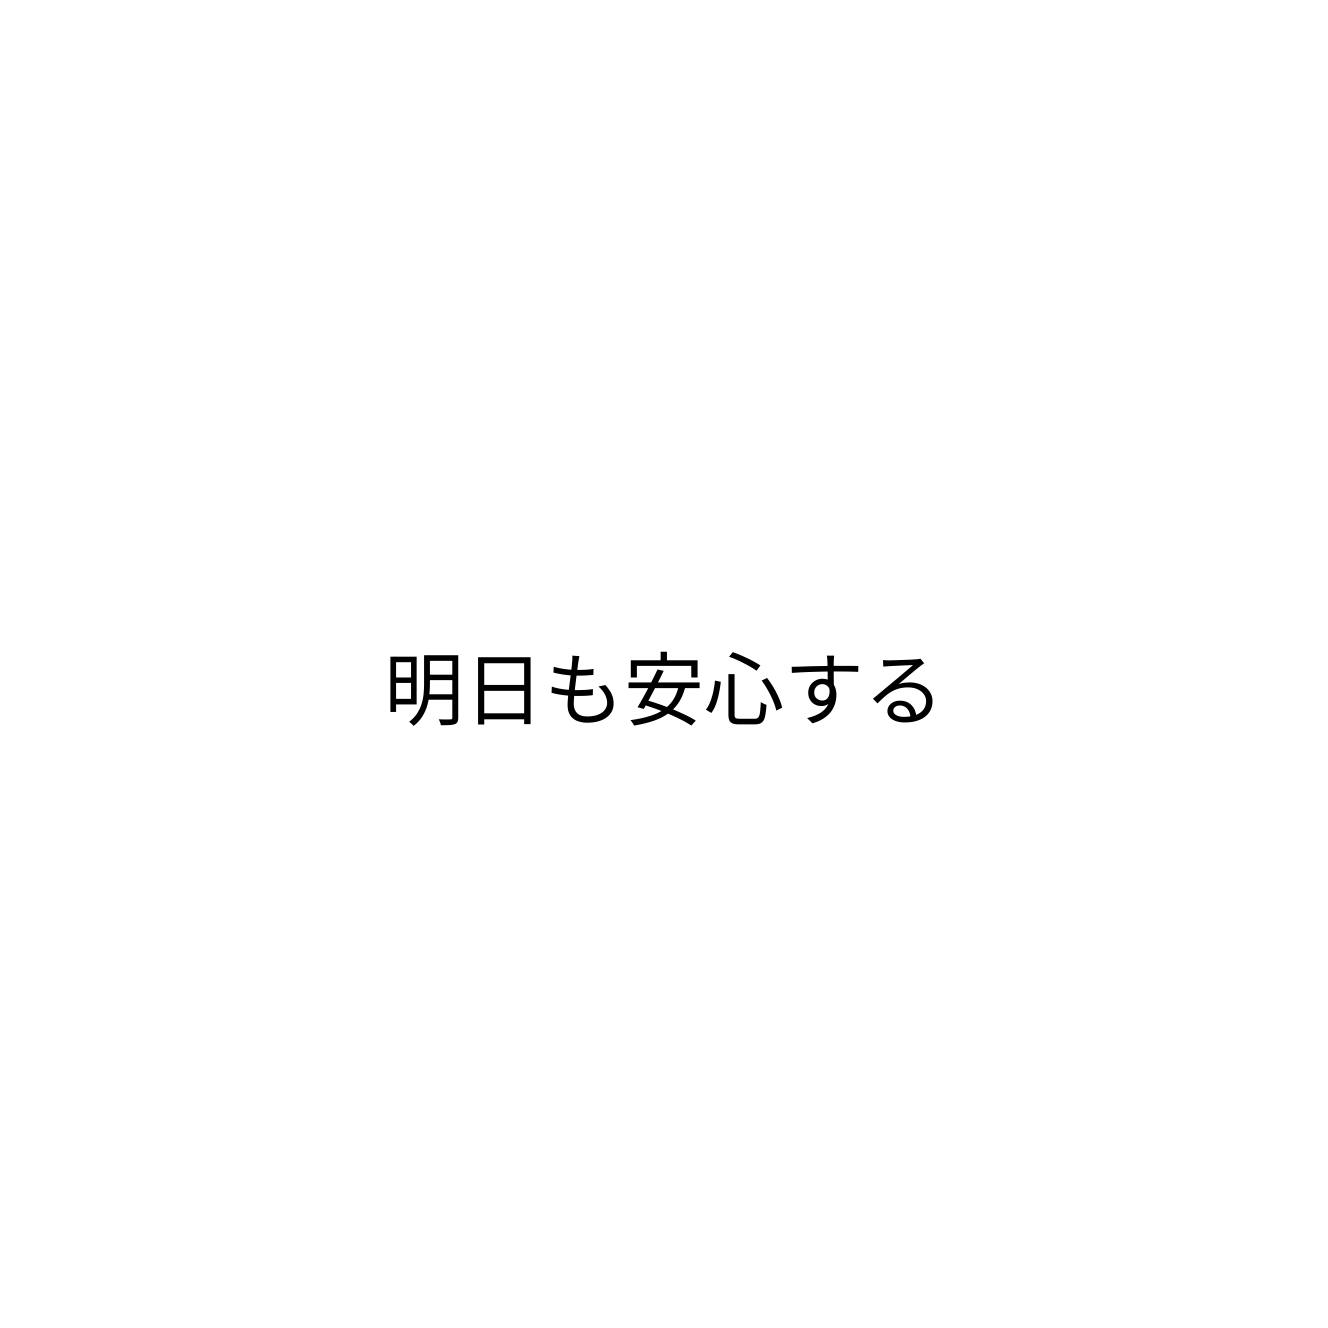
明日も安心する